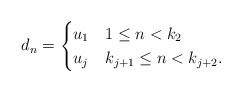
\begin{align*}d_n=\begin{cases}u_1 & 1\le n<k_2\\u_j & k_{j+1}\le n<k_{j+2}. \end{cases}\end{align*}